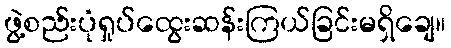
ဖွဲ့စည်းပုံရှုပ်ထွေးဆန်းကြယ်ခြင်းမရှိချေ။